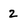
Character: 2